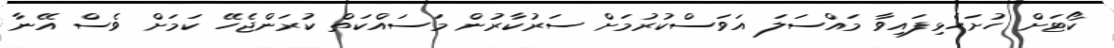
ކޯޓަށް ހުށަހެޅިފައިވާ މައްސަލަ އަވަސްކުރުމަށް ސަރުކާރުން މަސައްކަތް ކުރަންޖެހޭ ކަމަށް ވެސް އޭނާ